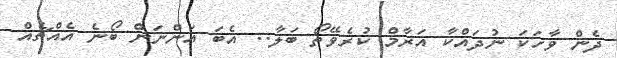
ދެން ވާހަކަ ނުދައްކާ އަރާމް ކުރެވޭތޯ ބަލާ.. އެބަ އަންނަން ބޯނެ އެއްޗެއް